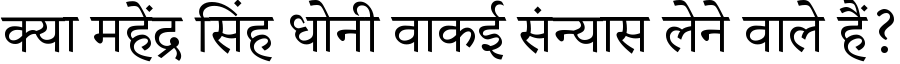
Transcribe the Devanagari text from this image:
क्या महेंद्र सिंह धोनी वाकई संन्यास लेने वाले हैं?